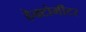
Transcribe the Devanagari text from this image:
हेक्टोमीटर